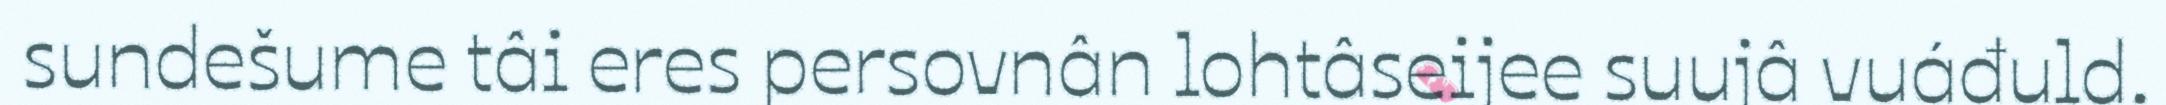
sundešume tâi eres persovnân lohtâseijee suujâ vuáđuld.